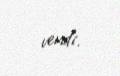
verdi.